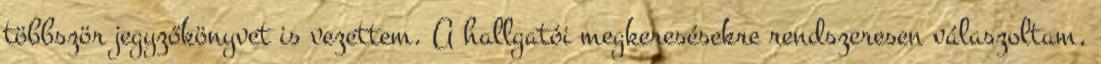
többször jegyzőkönyvet is vezettem. A hallgatói megkeresésekre rendszeresen válaszoltam,